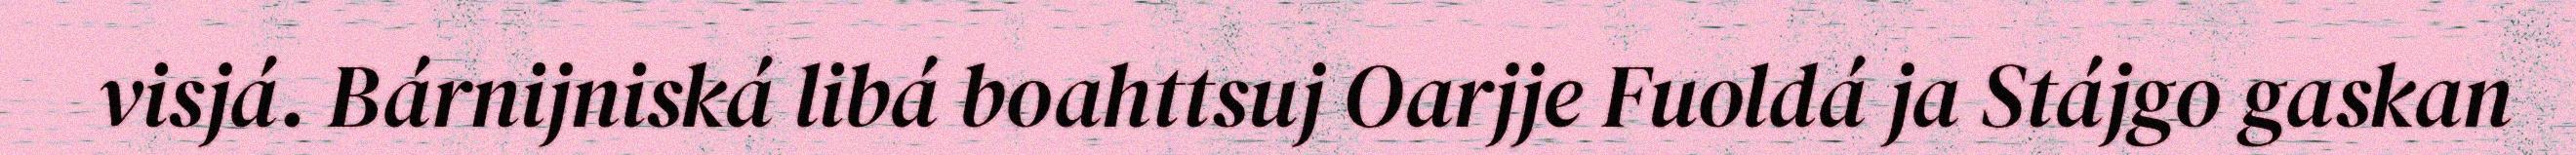
visjá. Bárnijniská libá boahttsuj Oarjje Fuoldá ja Stájgo gaskan